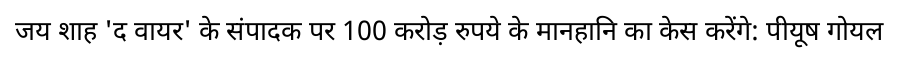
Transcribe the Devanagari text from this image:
जय शाह 'द वायर' के संपादक पर 100 करोड़ रुपये के मानहानि का केस करेंगे: पीयूष गोयल